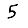
Digit: 5